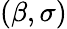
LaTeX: (\beta,\sigma)